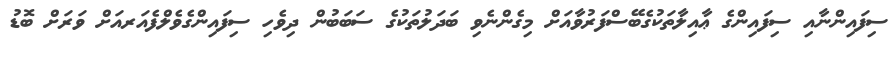
ސިފައިންނާއި ސިފައިންގެ ޢާއިލާތަކުގެބޭސްފަރުވާއަށް މިގެންނެވި ބަދަލުތަކުގެ ސަބަބުން ދިވެހި ސިފައިންގެވެލްފެއަރއަށް ވަރަށް ބޮޑު